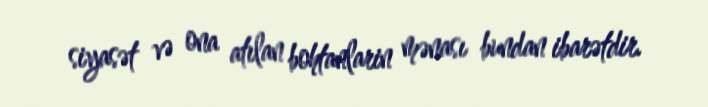
siyasət və ona atılan bohtanlarin mənası bundan ibarətdir.